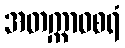
အတက္ကာဝစရံ